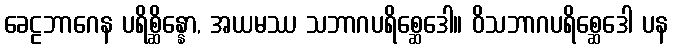
ခေဠဘာဂေန ပရိစ္ဆိန္နော, အယမဿ သဘာဂပရိစ္ဆေဒေါ။ ဝိသဘာဂပရိစ္ဆေဒေါ ပန